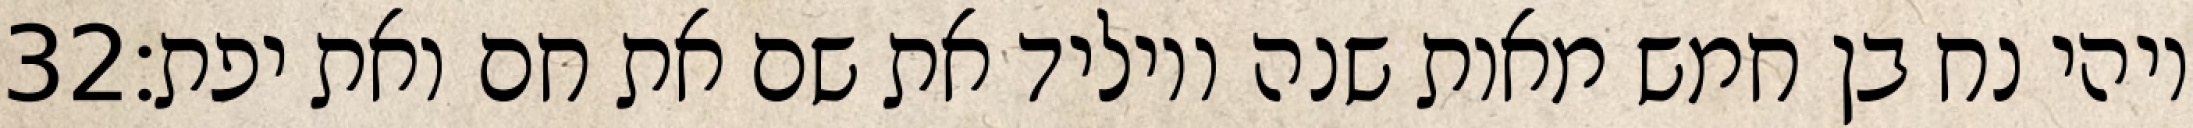
‎32‏ ויהי נח בן חמש מאות שנה ויוליד את שם את חם ואת יפת׃